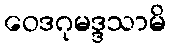
ဝေဒဂုမဒ္ဒသာမိ